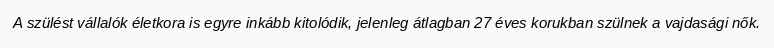
A szülést vállalók életkora is egyre inkább kitolódik, jelenleg átlagban 27 éves korukban szülnek a vajdasági nők.